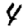
Digit: 4